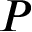
P